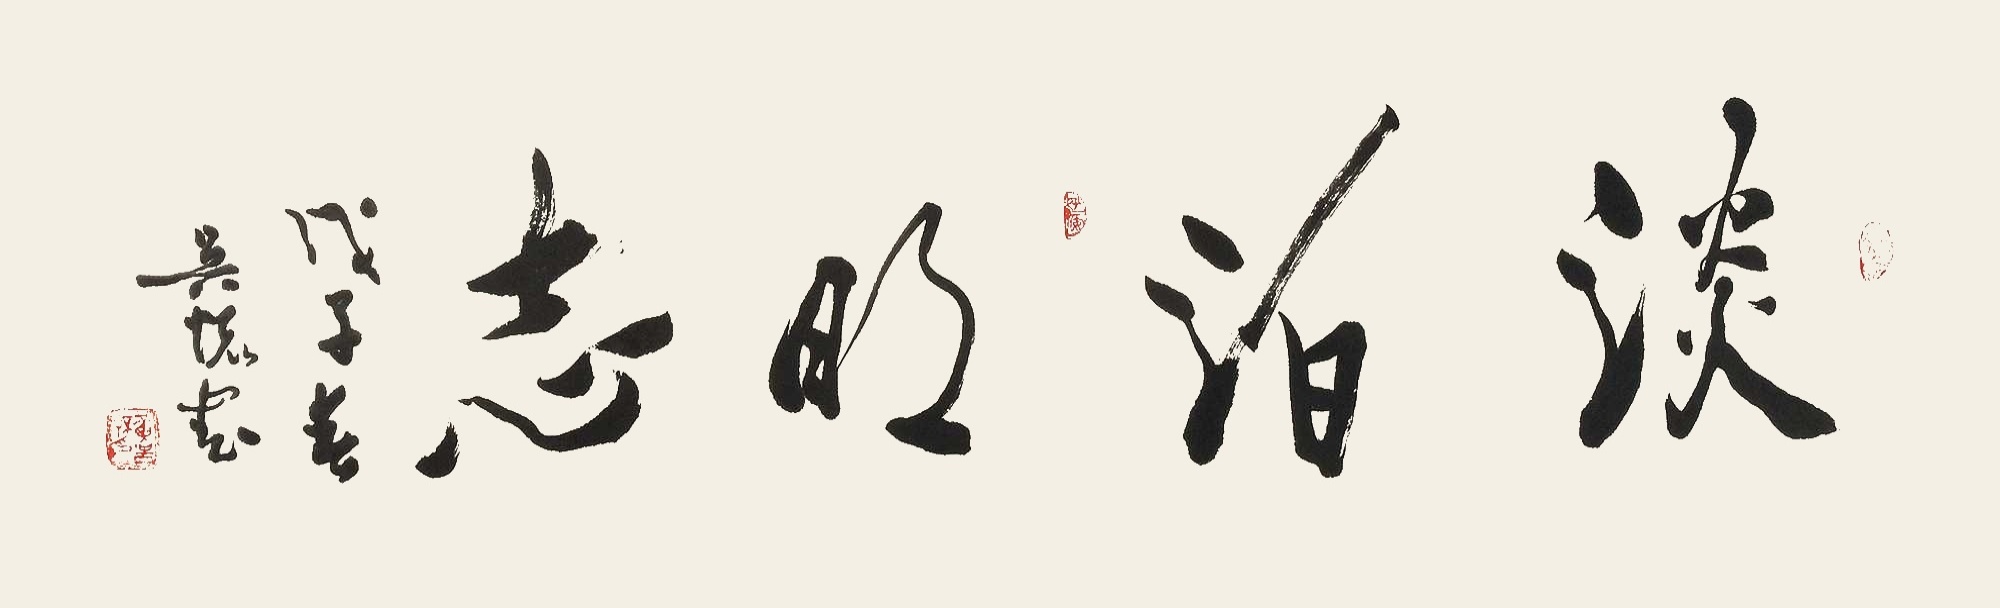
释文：淡泊明志戊子年 吴怀书